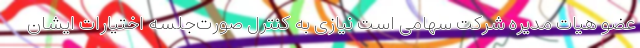
عضو هیات مدیره شرکت سهامی است نیازی به کنترل صورت‌جلسه اختیارات ایشان